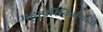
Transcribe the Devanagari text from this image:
महापरिनिर्वाणाची